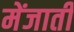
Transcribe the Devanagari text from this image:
मेंजाती